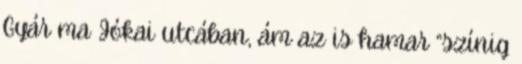
Gyár ma Jókai utcában, ám az is hamar “színig